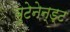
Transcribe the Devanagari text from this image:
बुटेनेन्ड्ट